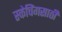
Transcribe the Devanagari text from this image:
स्केचिंगसाठी